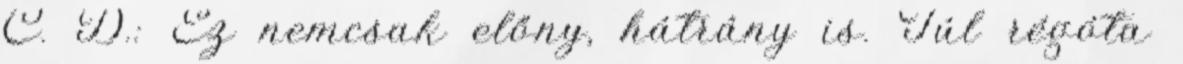
C. D.: Ez nemcsak előny, hátrány is. Túl régóta